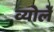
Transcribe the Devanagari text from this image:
व्योर्ले